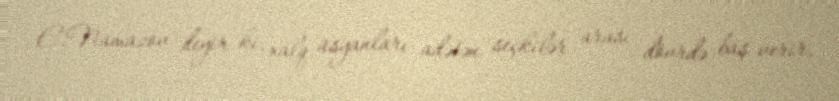
E.Namazov deyir ki, xalq üsyanları adətən seçkilər arası dövrdə baş verir,